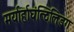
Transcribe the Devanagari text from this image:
मर्यार्हाघंत्दिलिडग